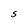
Character: S